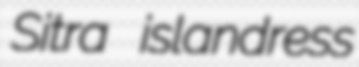
Sitra islandress